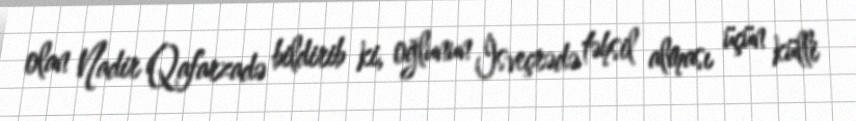
olan Nadir Qafarzadə bildirib ki, oğlunun İsveçrədə təhsil alması üçün külli